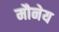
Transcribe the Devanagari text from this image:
मौनेय